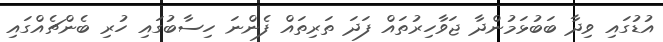
އުޑުގައި ވިދާ ބަބުޅަމުންދާ ޖަވާހިރުތައް ފަދަ ތަރިތައް ފެންނަ ހިސާބުގައި ހުރި ބެންޗެއްގައި